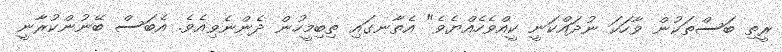
ރީތި ބަސްތަކުން ވާހަކަ ނުދައްކަނީ ކީއްވެހެއްޔެވެ" އެތާނގައި ތިބިމީހުން ދެންނެވިއެވެ. އެބަސް ބޭނުންކުރާނީ